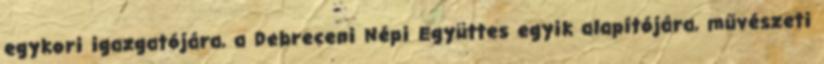
egykori igazgatójára, a Debreceni Népi Együttes egyik alapítójára, művészeti